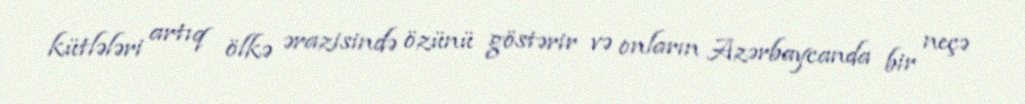
kütlələri artıq ölkə ərazisində özünü göstərir və onların Azərbaycanda bir neçə